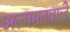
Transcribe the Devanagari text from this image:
अल्पमतवाले